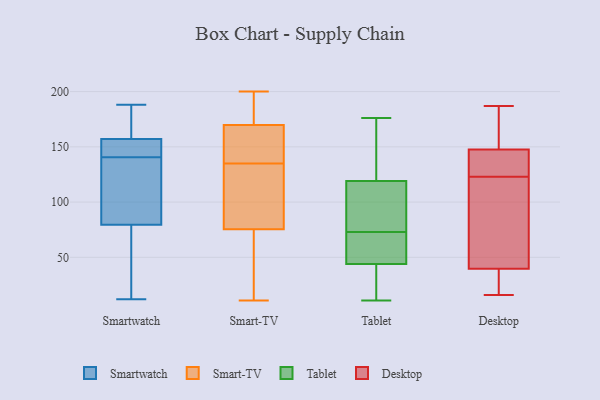
{"axis": {"x": "Revenue (USD Million)", "y": "Value"}, "legend": ["Desktop", "Smart-TV", "Smartwatch", "Tablet"], "data": [{"x": "", "y": 97, "type": "Smartwatch"}, {"x": "", "y": 161, "type": "Smartwatch"}, {"x": "", "y": 153, "type": "Smartwatch"}, {"x": "", "y": 93, "type": "Smartwatch"}, {"x": "", "y": 66, "type": "Smartwatch"}, {"x": "", "y": 146, "type": "Smartwatch"}, {"x": "", "y": 54, "type": "Smartwatch"}, {"x": "", "y": 158, "type": "Smartwatch"}, {"x": "", "y": 156, "type": "Smartwatch"}, {"x": "", "y": 170, "type": "Smartwatch"}, {"x": "", "y": 60, "type": "Smartwatch"}, {"x": "", "y": 188, "type": "Smartwatch"}, {"x": "", "y": 12, "type": "Smartwatch"}, {"x": "", "y": 142, "type": "Smartwatch"}, {"x": "", "y": 133, "type": "Smartwatch"}, {"x": "", "y": 139, "type": "Smartwatch"}, {"x": "", "y": 161, "type": "Smartwatch"}, {"x": "", "y": 58, "type": "Smartwatch"}, {"x": "", "y": 130, "type": "Smartwatch"}, {"x": "", "y": 151, "type": "Smartwatch"}, {"x": "", "y": 92, "type": "Smart-TV"}, {"x": "", "y": 58, "type": "Smart-TV"}, {"x": "", "y": 79, "type": "Smart-TV"}, {"x": "", "y": 175, "type": "Smart-TV"}, {"x": "", "y": 11, "type": "Smart-TV"}, {"x": "", "y": 148, "type": "Smart-TV"}, {"x": "", "y": 151, "type": "Smart-TV"}, {"x": "", "y": 168, "type": "Smart-TV"}, {"x": "", "y": 183, "type": "Smart-TV"}, {"x": "", "y": 135, "type": "Smart-TV"}, {"x": "", "y": 65, "type": "Smart-TV"}, {"x": "", "y": 200, "type": "Smart-TV"}, {"x": "", "y": 160, "type": "Smart-TV"}, {"x": "", "y": 92, "type": "Smart-TV"}, {"x": "", "y": 175, "type": "Smart-TV"}, {"x": "", "y": 121, "type": "Smart-TV"}, {"x": "", "y": 50, "type": "Smart-TV"}, {"x": "", "y": 164, "type": "Tablet"}, {"x": "", "y": 82, "type": "Tablet"}, {"x": "", "y": 20, "type": "Tablet"}, {"x": "", "y": 11, "type": "Tablet"}, {"x": "", "y": 44, "type": "Tablet"}, {"x": "", "y": 119, "type": "Tablet"}, {"x": "", "y": 65, "type": "Tablet"}, {"x": "", "y": 61, "type": "Tablet"}, {"x": "", "y": 81, "type": "Tablet"}, {"x": "", "y": 176, "type": "Tablet"}, {"x": "", "y": 16, "type": "Desktop"}, {"x": "", "y": 40, "type": "Desktop"}, {"x": "", "y": 158, "type": "Desktop"}, {"x": "", "y": 62, "type": "Desktop"}, {"x": "", "y": 144, "type": "Desktop"}, {"x": "", "y": 124, "type": "Desktop"}, {"x": "", "y": 39, "type": "Desktop"}, {"x": "", "y": 26, "type": "Desktop"}, {"x": "", "y": 128, "type": "Desktop"}, {"x": "", "y": 187, "type": "Desktop"}, {"x": "", "y": 132, "type": "Desktop"}, {"x": "", "y": 18, "type": "Desktop"}, {"x": "", "y": 172, "type": "Desktop"}, {"x": "", "y": 74, "type": "Desktop"}, {"x": "", "y": 78, "type": "Desktop"}, {"x": "", "y": 123, "type": "Desktop"}, {"x": "", "y": 176, "type": "Desktop"}]}